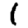
Digit: 1